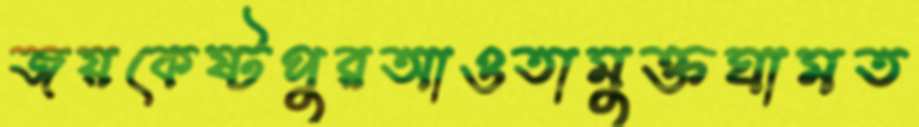
জয়কেষ্টপুরআওতামুক্তঘামত